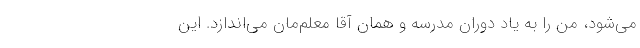
می‌شود، من را به یاد دوران مدرسه و همان آقا معلم‌مان می‌اندازد. این